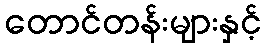
တောင်တန်းများနှင့်